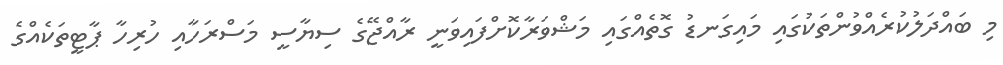
މި ބައްދަލުކުރެއްވުންތަކުގައި މައިގަނޑު ގޮތެއްގައި މަޝްވަރާކޮށްފައިވަނީ ރާއްޖޭގެ ސިޔާސީ މަސްރަހާއި ހުރިހާ ޕާޓީތަކެއްގެ